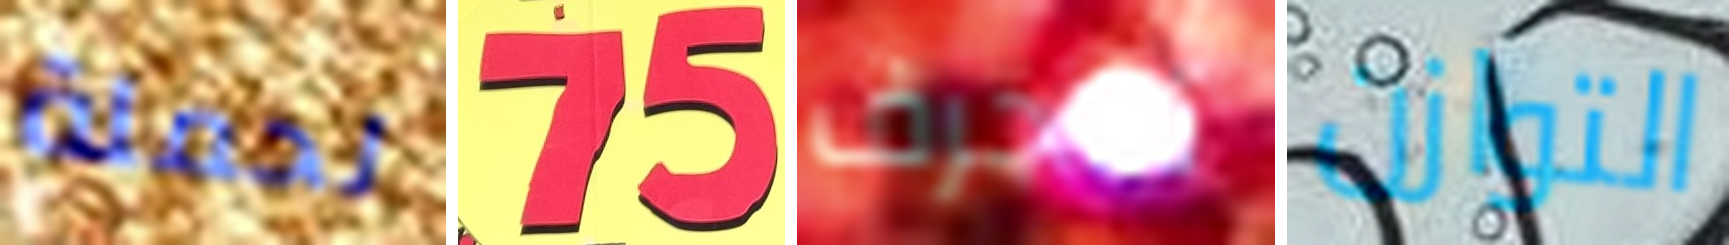
لحملة 75 تنجرف التوازن